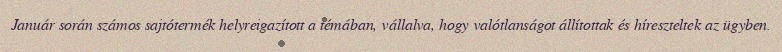
Január során számos sajtótermék helyreigazított a témában, vállalva, hogy valótlanságot állítottak és híreszteltek az ügyben.